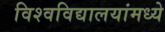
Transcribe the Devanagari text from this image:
विश्वविद्यालयांमध्ये